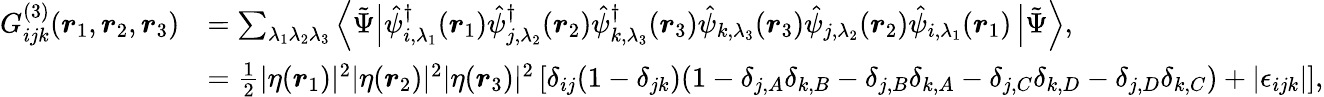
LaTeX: \begin{array}{rl}{G_{ijk}^{(3)}(\boldsymbol{r}_{1},\boldsymbol{r}_{2},\boldsymbol{r}_{3})}&{=\sum_{\lambda_{1}\lambda_{2}\lambda_{3}}\left\langle\tilde{\Psi}\right|\hat{\psi}_{i,\lambda_{1}}^{\dagger}(\boldsymbol{r}_{1})\hat{\psi}_{j,\lambda_{2}}^{\dagger}(\boldsymbol{r}_{2})\hat{\psi}_{k,\lambda_{3}}^{\dagger}(\boldsymbol{r}_{3})\hat{\psi}_{k,\lambda_{3}}(\boldsymbol{r}_{3})\hat{\psi}_{j,\lambda_{2}}(\boldsymbol{r}_{2})\hat{\psi}_{i,\lambda_{1}}(\boldsymbol{r}_{1})\left|\tilde{\Psi}\right\rangle,}\\ &{=\frac{1}{2}|\eta(\boldsymbol{r}_{1})|^{2}|\eta(\boldsymbol{r}_{2})|^{2}|\eta(\boldsymbol{r}_{3})|^{2}\left[\delta_{ij}(1-\delta_{jk})(1-\delta_{j,A}\delta_{k,B}-\delta_{j,B}\delta_{k,A}-\delta_{j,C}\delta_{k,D}-\delta_{j,D}\delta_{k,C})+|\epsilon_{ijk}|\right],}\end{array}